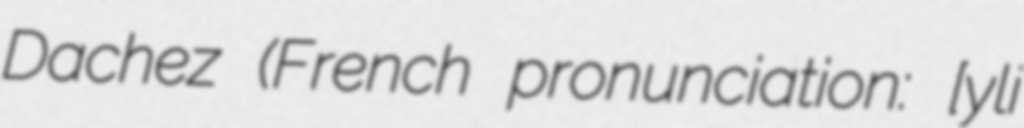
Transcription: Dachez (French pronunciation: ​[ʒyli